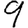
Digit: 9